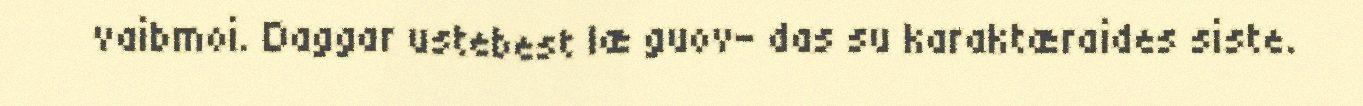
vaibmoi. Daggar ustebest læ guov- das su karaktæraides siste.